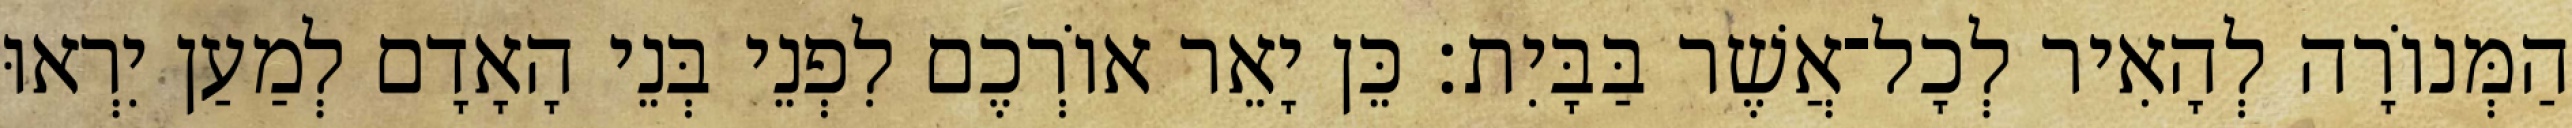
הַמְּנוֹרָה לְהָאִיר לְכָל־אֲשֶׁר בַּבָּיִת׃ כֵּן יָאֵר אוֹרְכֶם לִפְנֵי בְּנֵי הָאָדָם לְמַעַן יִרְאוּ